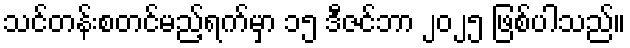
သင်တန်းစတင်မည့်ရက်မှာ ၁၅ ဒီဇင်ဘာ ၂၀၂၅ ဖြစ်ပါသည်။